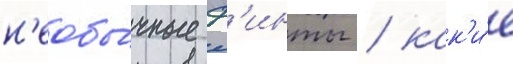
н'еобы́чные ф'инты / как'и́е